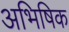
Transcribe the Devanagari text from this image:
अभिषिक